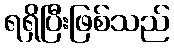
ရရှိပြီးဖြစ်သည်